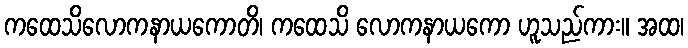
ကထေသိလောကနာယကောတိ၊ ကထေသိ လောကနာယကော ဟူသည်ကား။ အထ၊